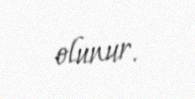
olunur.